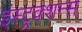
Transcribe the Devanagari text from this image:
इंस्ट्रक्शन्स